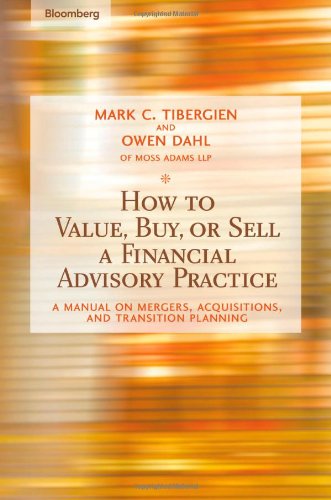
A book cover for How to Value, Buy, or Sell a Financial Advisory Practice: A Manual on Mergers, Acquisitions, and Transition Planning; Mark C. Tibergien; Business & Money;